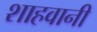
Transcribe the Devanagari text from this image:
शाहवानी